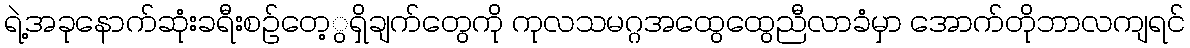
ရဲ့အခုနောက်ဆုံးခရီးစဉ်တေ့ွရှိချက်တွေကို ကုလသမဂ္ဂအထွေထွေညီလာခံမှာ အောက်တိုဘာလကျရင်